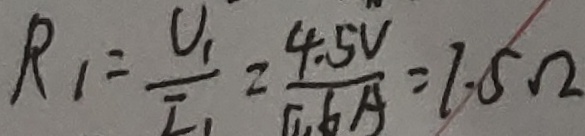
R _ { 1 } = \frac { U _ { 1 } } { I _ { 1 } } = \frac { 4 . 5 V } { 0 . 6 A } = 7 . 5 \Omega